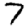
Digit: 7